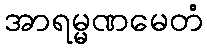
အာရမ္မဏမေတံ